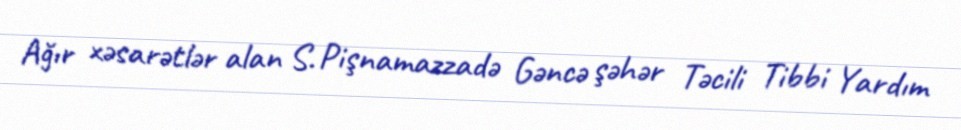
Ağır xəsarətlər alan S. Pişnamazzadə Gəncə şəhər Təcili Tibbi Yardım